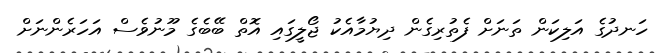
ހަނދުގެ އަލިކަން ތަނަށް ފެތުރިގެން ދިޔުމާއެކު ޖޯލީގައި އޮތް ބޭބެގެ މޫނުވެސް އަހަރެންނަށް